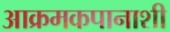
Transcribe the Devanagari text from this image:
आक्रमकपानाशी